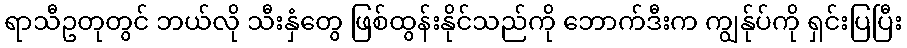
ရာသီဥတုတွင် ဘယ်လို သီးနှံတွေ ဖြစ်ထွန်းနိုင်သည်ကို ဘောက်ဒီးက ကျွန်ုပ်ကို ရှင်းပြပြီး